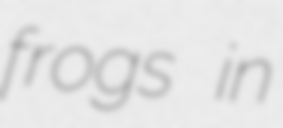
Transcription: frogs in